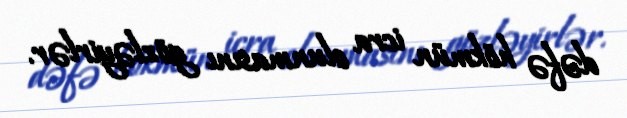
dəfə hökmün icra olunmasını gözləyirlər.